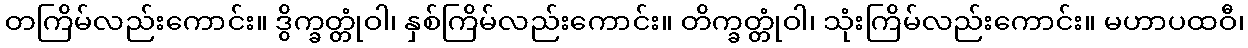
တကြိမ်လည်းကောင်း။ ဒွိက္ခတ္တုံဝါ၊ နှစ်ကြိမ်လည်းကောင်း။ တိက္ခတ္တုံဝါ၊ သုံးကြိမ်လည်းကောင်း။ မဟာပထဝီ၊